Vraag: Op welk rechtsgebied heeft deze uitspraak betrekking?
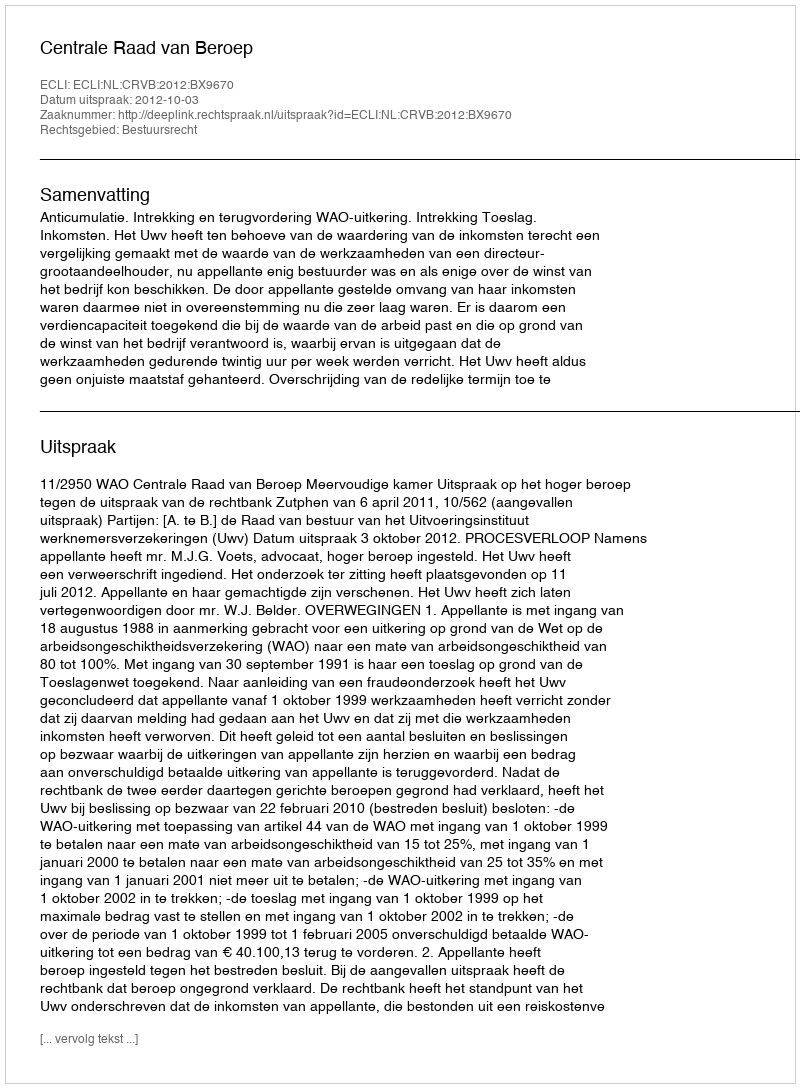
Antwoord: Bestuursrecht